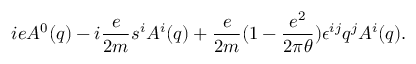
i e { \cal A } ^ { 0 } ( q ) - i \frac { e } { 2 m } { s ^ { i } } { \cal A } ^ { i } ( q ) + \frac { e } { 2 m } ( 1 - \frac { e ^ { 2 } } { 2 \pi \theta } ) \epsilon ^ { i j } q ^ { j } { \cal A } ^ { i } ( q ) .